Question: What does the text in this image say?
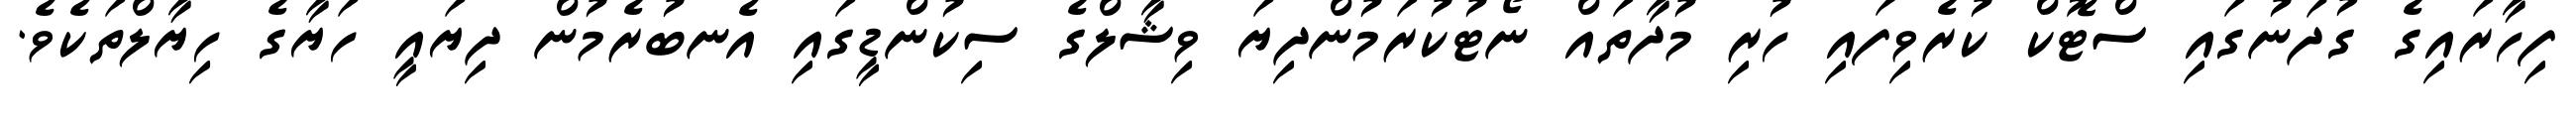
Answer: ފިހާރައިގެ ގުދަނުގައި ސްޓޮކް ކުރެވިފައި ހުރި މުދާތައް ނޯޓުކުރަމުންދިޔަ ވިޝާލްގެ ސިކުންޑީގައި އެނބުރެމުން ދިޔައީ ހަޔާގެ ހިޔާލްތަކެވެ.